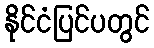
နိုင်ငံပြင်ပတွင်